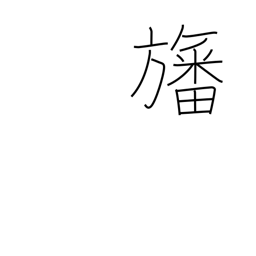
Meaning: flag